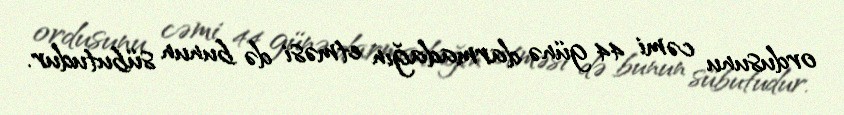
ordusunu cəmi 44 günə darmadağın etməsi də bunun sübutudur.